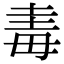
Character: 𣫴